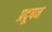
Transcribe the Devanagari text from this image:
प्रदूषन